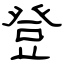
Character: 登